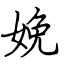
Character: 娩